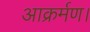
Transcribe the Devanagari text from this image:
आक्रर्मण।